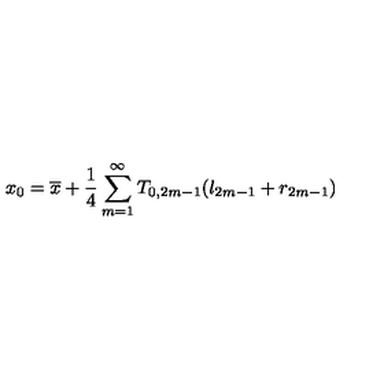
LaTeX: x _ { 0 } = \overline { { x } } + \frac { 1 } { 4 } \sum _ { m = 1 } ^ { \infty } T _ { 0 , 2 m - 1 } ( l _ { 2 m - 1 } + r _ { 2 m - 1 } )